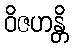
ဝိဇဟန္တိ